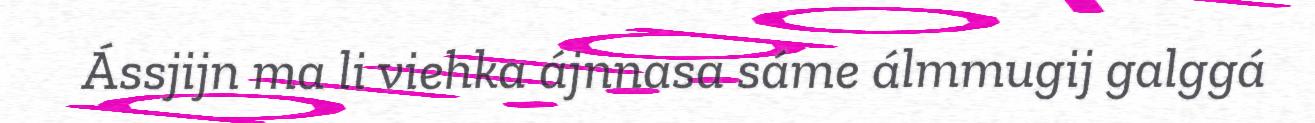
Ássjijn ma li viehka ájnnasa sáme álmmugij galggá